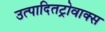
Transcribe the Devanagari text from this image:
उत्पादितट्रोवाक्स